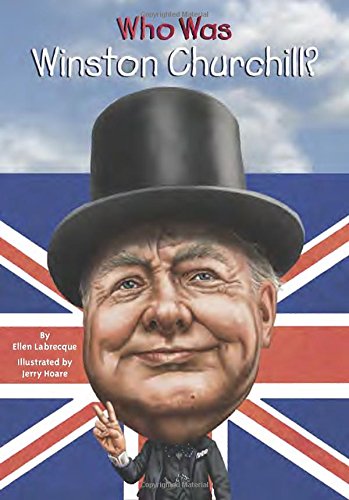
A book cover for Who Was Winston Churchill?; Ellen Labrecque; Children's Books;